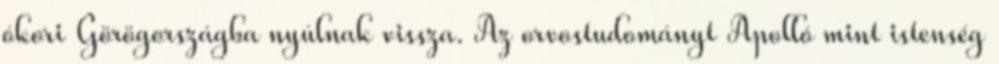
ókori Görögországba nyúlnak vissza. Az orvostudományt Apolló mint istenség